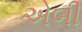
એબી